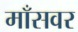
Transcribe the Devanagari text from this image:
माँसवर